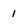
Character: 1